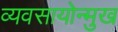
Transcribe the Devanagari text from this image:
व्यवसायोन्मुख